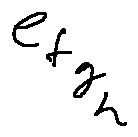
e _ { f _ { g _ { h } } }